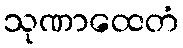
သုဏာထေတံ